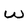
Character: w